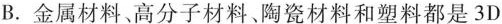
B.金属材料、高分子材料、陶瓷材料和塑料都是3D